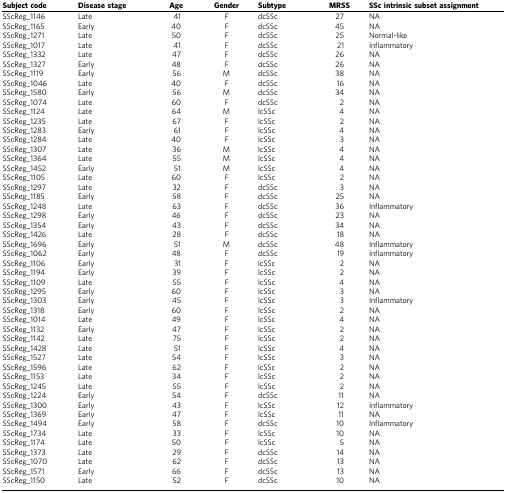
<table><thead><tr><td><b>Subject code</b></td><td><b>Disease stage</b></td><td><b>Age</b></td><td><b>Gender</b></td><td><b>Subtype</b></td><td><b>MRSS</b></td><td><b>SSc intrinsic subset assignment</b></td></tr></thead><tbody><tr><td>SScReg_1146</td><td>Late</td><td>41</td><td>F</td><td>dcSSc</td><td>27</td><td>NA</td></tr><tr><td>SScReg_1165</td><td>Early</td><td>40</td><td>F</td><td>dcSSc</td><td>45</td><td>NA</td></tr><tr><td>SScReg_1271</td><td>Late</td><td>50</td><td>F</td><td>dcSSc</td><td>25</td><td>Normal-like</td></tr><tr><td>SScReg_1017</td><td>Late</td><td>41</td><td>F</td><td>dcSSc</td><td>21</td><td>Inflammatory</td></tr><tr><td>SScReg_1332</td><td>Late</td><td>47</td><td>F</td><td>dcSSc</td><td>26</td><td>NA</td></tr><tr><td>SScReg_1327</td><td>Early</td><td>48</td><td>F</td><td>dcSSc</td><td>26</td><td>NA</td></tr><tr><td>SScReg_1119</td><td>Early</td><td>56</td><td>M</td><td>dcSSc</td><td>38</td><td>NA</td></tr><tr><td>SScReg_1046</td><td>Late</td><td>40</td><td>F</td><td>dcSSc</td><td>16</td><td>NA</td></tr><tr><td>SScReg_1580</td><td>Early</td><td>56</td><td>M</td><td>dcSSc</td><td>34</td><td>NA</td></tr><tr><td>SScReg_1074</td><td>Late</td><td>60</td><td>F</td><td>dcSSc</td><td>2</td><td>NA</td></tr><tr><td>SScReg_1124</td><td>Late</td><td>64</td><td>M</td><td>lcSSc</td><td>4</td><td>NA</td></tr><tr><td>SScReg_1235</td><td>Late</td><td>67</td><td>F</td><td>lcSSc</td><td>2</td><td>NA</td></tr><tr><td>SScReg_1283</td><td>Early</td><td>61</td><td>F</td><td>lcSSc</td><td>4</td><td>NA</td></tr><tr><td>SScReg_1284</td><td>Late</td><td>40</td><td>F</td><td>lcSSc</td><td>3</td><td>NA</td></tr><tr><td>SScReg_1307</td><td>Late</td><td>36</td><td>M</td><td>lcSSc</td><td>4</td><td>NA</td></tr><tr><td>SScReg_1364</td><td>Late</td><td>55</td><td>M</td><td>lcSSc</td><td>4</td><td>NA</td></tr><tr><td>SScReg_1452</td><td>Early</td><td>51</td><td>M</td><td>lcSSc</td><td>4</td><td>NA</td></tr><tr><td>SScReg_1105</td><td>Late</td><td>60</td><td>F</td><td>lcSSc</td><td>2</td><td>NA</td></tr><tr><td>SScReg_1297</td><td>Late</td><td>32</td><td>F</td><td>dcSSc</td><td>3</td><td>NA</td></tr><tr><td>SScReg_1185</td><td>Early</td><td>58</td><td>F</td><td>dcSSc</td><td>25</td><td>NA</td></tr><tr><td>SScReg_1248</td><td>Late</td><td>63</td><td>F</td><td>dcSSc</td><td>36</td><td>Inflammatory</td></tr><tr><td>SScReg_1298</td><td>Early</td><td>46</td><td>F</td><td>dcSSc</td><td>23</td><td>NA</td></tr><tr><td>SScReg_1354</td><td>Early</td><td>43</td><td>F</td><td>dcSSc</td><td>34</td><td>NA</td></tr><tr><td>SScReg_1426</td><td>Late</td><td>28</td><td>F</td><td>dcSSc</td><td>18</td><td>NA</td></tr><tr><td>SScReg_1696</td><td>Early</td><td>51</td><td>M</td><td>dcSSc</td><td>48</td><td>Inflammatory</td></tr><tr><td>SScReg_1062</td><td>Early</td><td>48</td><td>F</td><td>dcSSc</td><td>19</td><td>Inflammatory</td></tr><tr><td>SScReg_1106</td><td>Early</td><td>31</td><td>F</td><td>lcSSc</td><td>2</td><td>NA</td></tr><tr><td>SScReg_1194</td><td>Early</td><td>39</td><td>F</td><td>lcSSc</td><td>2</td><td>NA</td></tr><tr><td>SScReg_1109</td><td>Late</td><td>55</td><td>F</td><td>lcSSc</td><td>4</td><td>NA</td></tr><tr><td>SScReg_1295</td><td>Early</td><td>60</td><td>F</td><td>lcSSc</td><td>3</td><td>NA</td></tr><tr><td>SScReg_1303</td><td>Early</td><td>45</td><td>F</td><td>lcSSc</td><td>3</td><td>Inflammatory</td></tr><tr><td>SScReg_1318</td><td>Early</td><td>60</td><td>F</td><td>lcSSc</td><td>2</td><td>NA</td></tr><tr><td>SScReg_1014</td><td>Late</td><td>49</td><td>F</td><td>lcSSc</td><td>4</td><td>NA</td></tr><tr><td>SScReg_1132</td><td>Early</td><td>47</td><td>F</td><td>lcSSc</td><td>2</td><td>NA</td></tr><tr><td>SScReg_1142</td><td>Late</td><td>75</td><td>F</td><td>lcSSc</td><td>2</td><td>NA</td></tr><tr><td>SScReg_1428</td><td>Late</td><td>51</td><td>F</td><td>lcSSc</td><td>4</td><td>NA</td></tr><tr><td>SScReg_1527</td><td>Late</td><td>54</td><td>F</td><td>lcSSc</td><td>3</td><td>NA</td></tr><tr><td>SScReg_1596</td><td>Late</td><td>62</td><td>F</td><td>lcSSc</td><td>2</td><td>NA</td></tr><tr><td>SScReg_1153</td><td>Late</td><td>34</td><td>F</td><td>lcSSc</td><td>2</td><td>NA</td></tr><tr><td>SScReg_1245</td><td>Late</td><td>55</td><td>F</td><td>lcSSc</td><td>2</td><td>NA</td></tr><tr><td>SScReg_1224</td><td>Early</td><td>54</td><td>F</td><td>dcSSc</td><td>11</td><td>NA</td></tr><tr><td>SScReg_1300</td><td>Early</td><td>43</td><td>F</td><td>lcSSc</td><td>12</td><td>Inflammatory</td></tr><tr><td>SScReg_1369</td><td>Early</td><td>47</td><td>F</td><td>lcSSc</td><td>11</td><td>NA</td></tr><tr><td>SScReg_1494</td><td>Early</td><td>58</td><td>F</td><td>dcSSc</td><td>10</td><td>Inflammatory</td></tr><tr><td>SScReg_1734</td><td>Late</td><td>33</td><td>F</td><td>lcSSc</td><td>10</td><td>NA</td></tr><tr><td>SScReg_1174</td><td>Late</td><td>50</td><td>F</td><td>lcSSc</td><td>5</td><td>NA</td></tr><tr><td>SScReg_1373</td><td>Late</td><td>29</td><td>F</td><td>dcSSc</td><td>14</td><td>NA</td></tr><tr><td>SScReg_1070</td><td>Late</td><td>62</td><td>F</td><td>dcSSc</td><td>13</td><td>NA</td></tr><tr><td>SScReg_1571</td><td>Early</td><td>66</td><td>F</td><td>dcSSc</td><td>13</td><td>NA</td></tr><tr><td>SScReg_1150</td><td>Late</td><td>52</td><td>F</td><td>dcSSc</td><td>10</td><td>NA</td></tr></tbody></table>